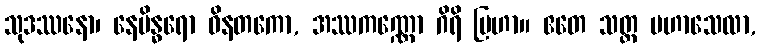
သုဒဿနော၊ နေမိန္ဓရော ဝိနတကော, အဿကဏ္ဏော ဂိရိ ဗြဟာ။ ဧတေ သတ္တ မဟာသေလာ,